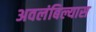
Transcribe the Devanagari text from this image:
अवलंबिल्यास